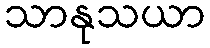
သာနုသယာ